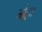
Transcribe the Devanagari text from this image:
गेहा